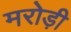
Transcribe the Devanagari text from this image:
मरोड़ी